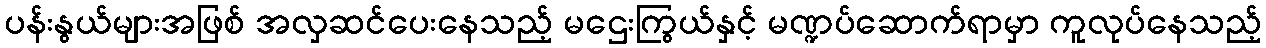
ပန်းနွယ်များအဖြစ် အလှဆင်ပေးနေသည့် မဌေးကြွယ်နှင့် မဏ္ဍပ်ဆောက်ရာမှာ ကူလုပ်နေသည့်